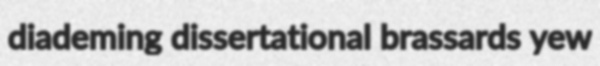
diademing dissertational brassards yew